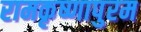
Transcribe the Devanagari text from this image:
रामकृष्णापुरम